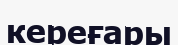
кереғары